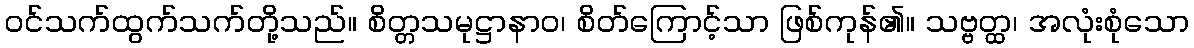
ဝင်သက်ထွက်သက်တို့သည်။ စိတ္တသမုဋ္ဌာနာဝ၊ စိတ်ကြောင့်သာ ဖြစ်ကုန်၏။ သဗ္ဗတ္ထ၊ အလုံးစုံသော